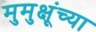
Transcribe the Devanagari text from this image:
मुमुक्षूंच्या